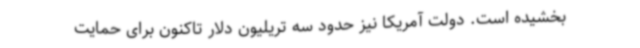
بخشیده است. دولت آمریکا نیز حدود سه تریلیون دلار تاکنون برای حمایت